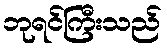
ဘုရင်ကြီးသည်